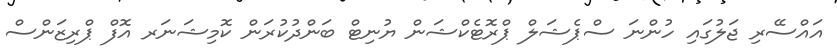
އައްސޭރި ޖަލުގައި ހުންނަ ސްޕެޝަލް ޕްރޮޓެކްޝަން ޔުނިޓް ބަންދުކުރަން ކޮމިޝަނަރ އޮފް ޕްރިޒަންސް